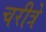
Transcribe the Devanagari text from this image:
चरीत्रे